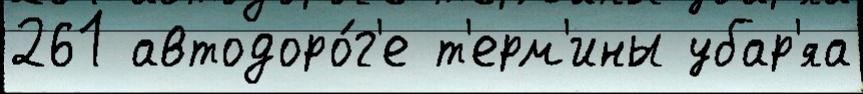
261 автодоро́г'е т'ерм'ины убар'яа